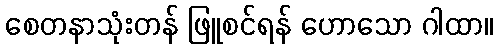
စေတနာသုံးတန် ဖြူစင်ရန် ဟောသော ဂါထာ။